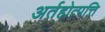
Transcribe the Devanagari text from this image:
अर्तहोत्पत्ति